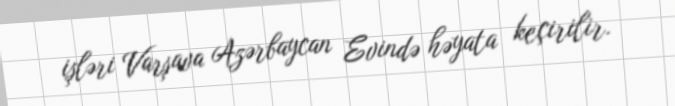
işləri Varşava Azərbaycan Evində həyata keçirilir.